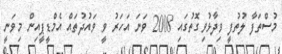
މުސްތަފާ ލުތުފީ ވިދާޅުވިގޮތުގައި 2008 ވަނަ އަހަރު ވީ ވައުދުތައް އެމްޑީޕީއިން މިވަނީ